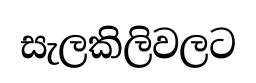
සැලකිලිවලට